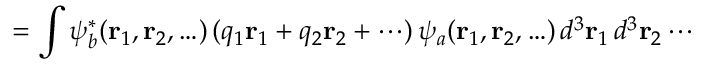
= \int \psi _ { b } ^ { * } ( \mathbf { r } _ { 1 } , \mathbf { r } _ { 2 } , \ldots ) \, ( q _ { 1 } \mathbf { r } _ { 1 } + q _ { 2 } \mathbf { r } _ { 2 } + \cdots ) \, \psi _ { a } ( \mathbf { r } _ { 1 } , \mathbf { r } _ { 2 } , \ldots ) \, d ^ { 3 } \mathbf { r } _ { 1 } \, d ^ { 3 } \mathbf { r } _ { 2 } \cdots